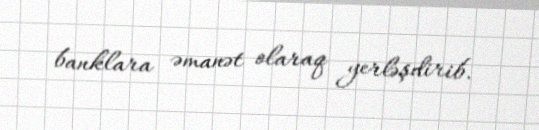
banklara əmanət olaraq yerləşdirib.